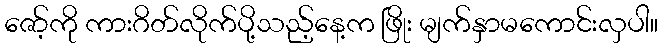
ဇော့်ကို ကားဂိတ်လိုက်ပို့သည့်နေ့က ဖြိုး မျက်နှာမကောင်းလှပါ။